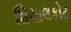
શિયાલકોટ